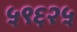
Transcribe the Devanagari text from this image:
५९६२५